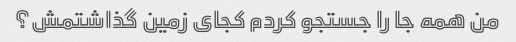
من همه جا را جستجو کردم کجای زمین گذاشتمش؟